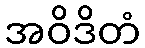
အဝိဒိတံ